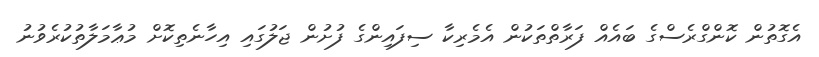
އެގޮތުން ކޮންގްރެސްގެ ބައެއް ފަރާތްތަކުން އެމެރިކާ ސިފައިންގެ ފުށުން ޖަލުގައި އިހާނެތިކޮށް މުޢާމަލާތުކުރެވުނު